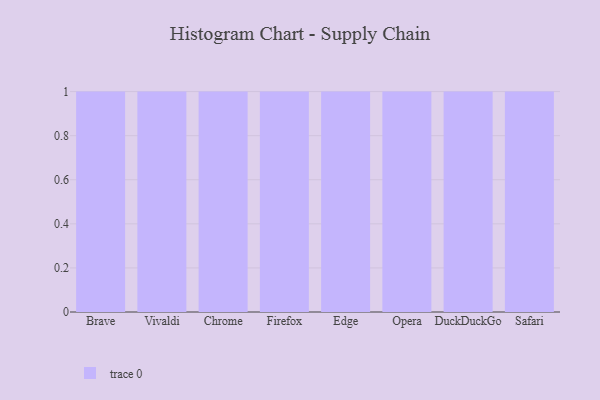
{"axis": {"x": "Browser", "y": "Inventory Turnover"}, "legend": [""], "data": [{"x": "Brave", "y": 67, "type": ""}, {"x": "Vivaldi", "y": 56, "type": ""}, {"x": "Chrome", "y": 58, "type": ""}, {"x": "Firefox", "y": 56, "type": ""}, {"x": "Edge", "y": 91, "type": ""}, {"x": "Opera", "y": 14, "type": ""}, {"x": "DuckDuckGo", "y": 62, "type": ""}, {"x": "Safari", "y": 53, "type": ""}]}